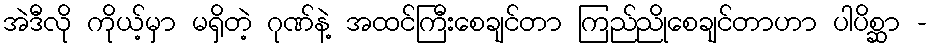
အဲဒီလို ကိုယ့်မှာ မရှိတဲ့ ဂုဏ်နဲ့ အထင်ကြီးစေချင်တာ ကြည်ညိုစေချင်တာဟာ ပါပိစ္ဆာ -